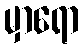
မှာရော